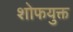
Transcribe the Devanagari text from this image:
शोफयुक्त